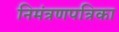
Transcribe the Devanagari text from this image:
निमंत्रणपत्रिका